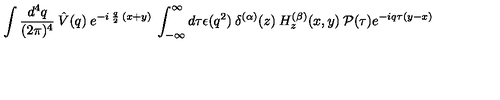
\int \frac { d ^ { 4 } q } { ( 2 \pi ) ^ { 4 } } \: \hat { V } ( q ) \: e ^ { - i \: \frac { q } { 2 } \: ( x + y ) } \: \int _ { - \infty } ^ { \infty } d \tau \epsilon ( q ^ { 2 } ) \: \delta ^ { ( \alpha ) } ( z ) \: H _ { z } ^ { ( \beta ) } ( x , y ) \: { \mathcal { P } } ( \tau ) e ^ { - i q \tau ( y - x ) }